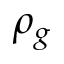
\rho _ { g }